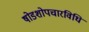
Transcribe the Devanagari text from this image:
षोडशोपचारविधि